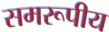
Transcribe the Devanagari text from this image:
समरूपीय